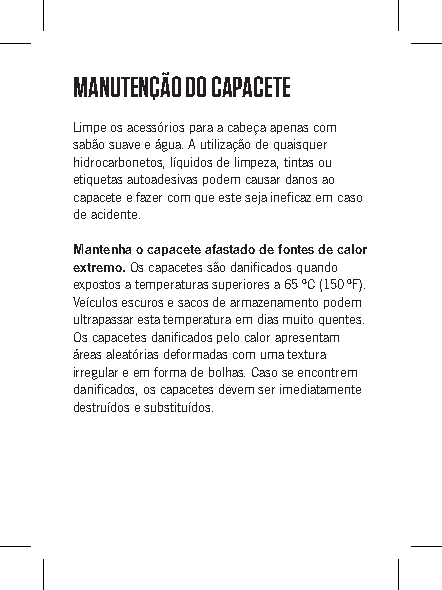
MANUTENÇÃO DO CAPACETE
 Limpe os acessórios para a cabeça apenas com
 sabão suave e água. A utilização de quaisquer
 hidrocarbonetos, líquidos de limpeza, tintas ou
 etiquetas autoadesivas podem causar danos ao
 capacete e fazer com que este seja ineficaz em caso
 de acidente.
 Mantenha o capacete afastado de fontes de calor
 extremo. Os capacetes são danificados quando
 expostos a temperaturas superiores a 65 ºC (150 ºF).
 Veículos escuros e sacos de armazenamento podem
 ultrapassar esta temperatura em dias muito quentes.
 Os capacetes danificados pelo calor apresentam
 áreas aleatórias deformadas com uma textura
 irregular e em forma de bolhas. Caso se encontrem
 danificados, os capacetes devem ser imediatamente
 destruídos e substituídos.